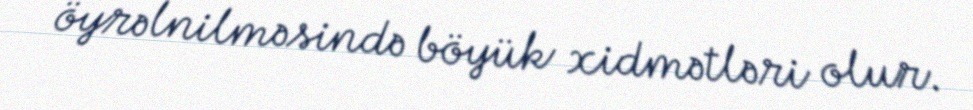
öyrəlnilməsində böyük xidmətləri olur.